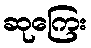
ဆုကြေး